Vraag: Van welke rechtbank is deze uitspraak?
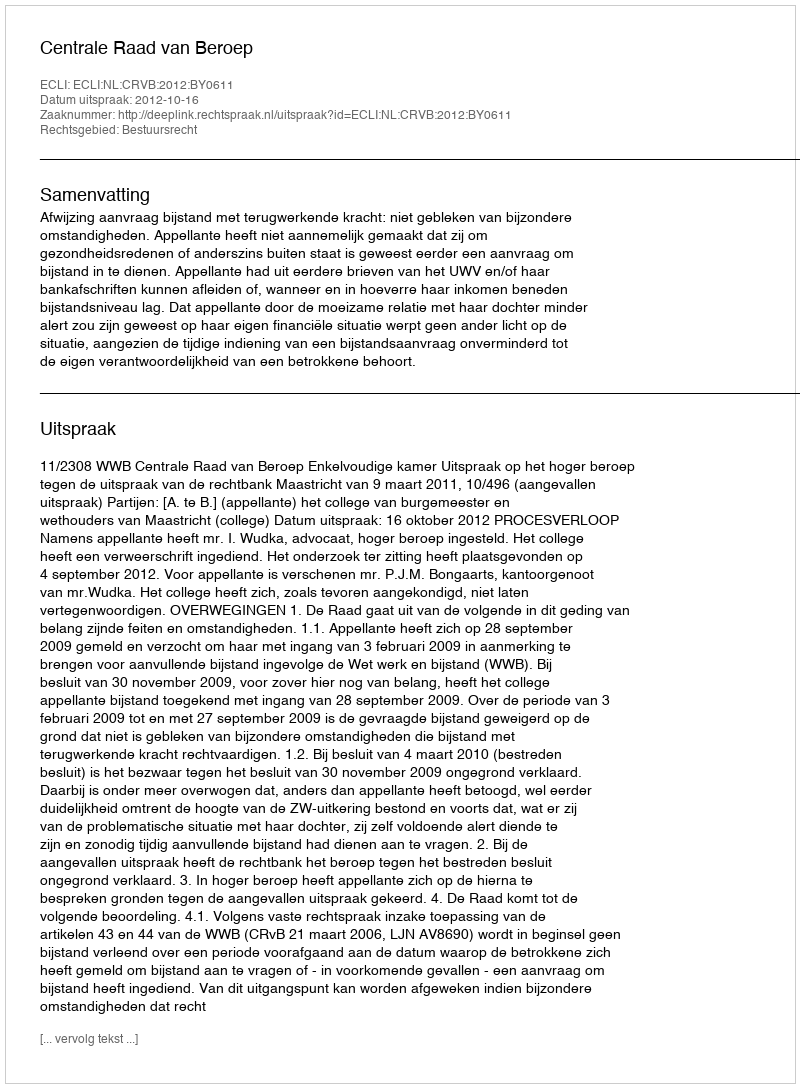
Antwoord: Centrale Raad van Beroep